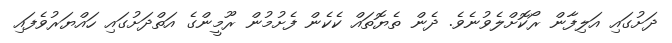
ދަށުގައި އަލިފާން ރޯކޮށްލެވުނެވެ. ދެން ތެޔޮތައް ކެކެން ފެށުމުން ރޫމީންގެ އަތްދަށުގައި ހައްޔަރުވެފައި